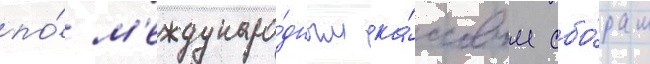
по́ м'еждунаро́дным ка́ссовым сбо́рам